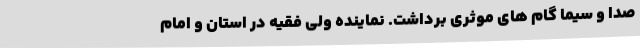
صدا و سیما گام های موثری برداشت. نماینده ولی فقیه در استان و امام